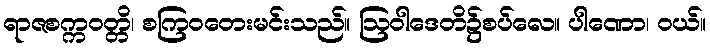
ရာဇစက္ကဝတ္တိ၊ စကြဝတေးမင်းသည်။ ဩဝါဒေတိ၌စပ်လေ။ ပါဏော၊ ဝယ်။